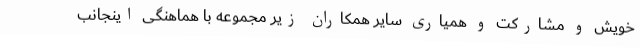
خویش و مشارکت و همیاری سایر همکاران زیر مجموعه با هماهنگی اینجانب